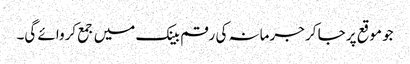
جو موقع پر جا کر جرمانہ کی رقم بینک میں جمع کروائے گی۔